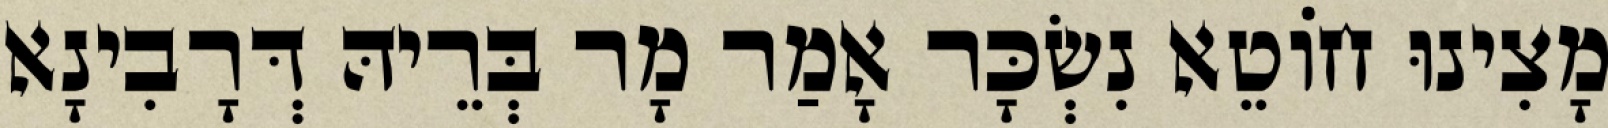
מָצִינוּ חוֹטֵא נִשְׂכָּר אָמַר מָר בְּרֵיהּ דְּרָבִינָא